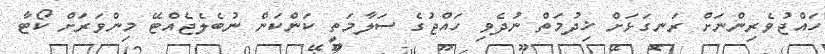
ހައްޖުވެރިންނަށް ރަނގަޅަށް ޚިދުމަތް ނުދެވި ހައްޖުގެ ސަލާމަތީ ކަންކަން ނުބެލެޖެއްޓޭ މިންވަރަށް ކޯޓާ